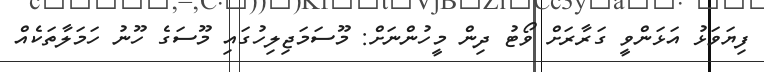
ފިޔަވަޅު އަޅަންވީ ގަރާރަށް ވޯޓު ދިން މީހުންނަށް: މޫސަމަޖިލިހުގައި މޫސަގެ ހޫނު ހަމަލާތަކެއް